Civil Veterinary Department Bengal reports 1923-33 - 1923-1933
Year: 1923
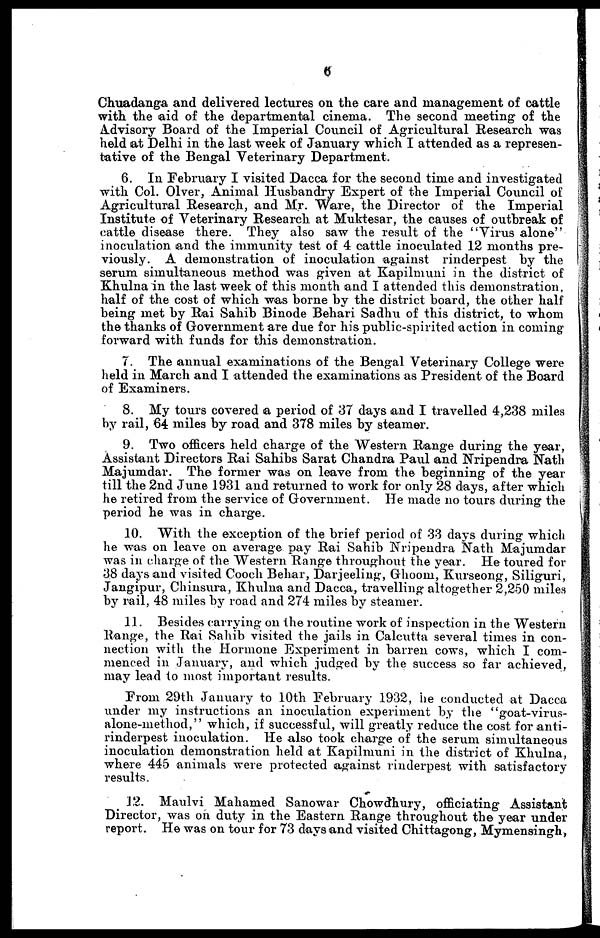
6
Chuadanga and delivered lectures on the care and management of cattle
with the aid of the departmental cinema. The second meeting of the
Advisory Board of the Imperial Council of Agricultural Research was
held at Delhi in the last week of January which I attended as a represen-
tative of the Bengal Veterinary Department.
6. In February I visited Dacca for the second time and investigated
with Col. Olver, Animal Husbandry Expert of the Imperial Council of
Agricultural Research, and Mr. Ware, the Director of the Imperial
Institute of Veterinary Research at Muktesar, the causes of outbreak of
cattle disease there. They also saw the result of the "Virus alone"
inoculation and the immunity test of 4 cattle inoculated 12 months pre-
viously. A demonstration of inoculation against rinderpest by the
serum simultaneous method was given at Kapilmuni in the district of
Khulna in the last week of this month and I attended this demonstration
half of the cost of which was borne by the district board, the other half
being met by Rai Sahib Binode Behari Sadhu of this district, to whom
the thanks of Government are due for his public-spirited action in coming-
forward with funds for this demonstration.
7. The annual examinations of the Bengal Veterinary College were
held in March and I attended the examinations as President of the Board
of Examiners.
8. My tours covered a period of 37 days and I travelled 4,238 miles
by rail, 64 miles by road and 378 miles by steamer.
9. Two officers held charge of the Western Range during the year,
Assistant Directors Rai Sahibs Sarat Chandra Paul and Nripendra Nath
Majumdar. The former was on leave from the beginning of the year
till the 2nd June 1931 and returned to work for only 28 days, after which
he retired from the service of Government. He made no tours during the
period he was in charge.
10. With the exception of the brief period of 33 days during which
he was on leave on average pay Rai Sahib Nripendra Nath Majumdar
was in charge of the Western Range throughout the year. He toured for
38 days and visited Cooch Behar, Darjeeling, Ghoom, Kurseong, Siliguri,
Jangipur, Chinsura, Khulna and Dacca, travelling altogether 2,250 miles
by rail, 48 miles by road and 274 miles by steamer.
11. Besides carrying on the routine work of inspection in the Western
Range, the Rai Sahib visited the jails in Calcutta several times in con-
nection with the Hormone Experiment in barren cows, which I com-
menced in January, and which judged by the success so far achieved,
may lead to most important results.
From 29th January to 10th February 1932, he conducted at Dacca
under my instructions an inoculation experiment by the "goat-virus-
alone-method," which, if successful, will greatly reduce the cost for anti-
rinderpest inoculation. He also took charge of the serum simultaneous
inoculation demonstration held at Kapilmuni in the district of Khulna,
where 445 animals were protected against rinderpest with satisfactory
results.
12. Maulvi Mahamed Sanowar Chowdhury, officiating Assistant
Director, was on duty in the Eastern Range throughout the year under
report. He was on tour for 73 days and visited Chittagong, Mymensingh,